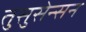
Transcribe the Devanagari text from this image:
तुसुसेन्सन